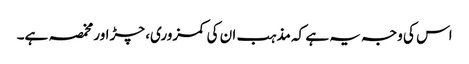
اس کی وجہ یہ ہے کہ مذہب ان کی کمزوری، چڑ اور مخمصہ ہے۔